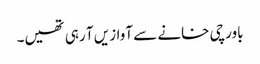
باورچی خانے سے آوازیں آ رہی تھیں۔